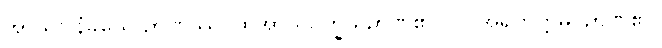
အာသဝါနံခယေ ဉာဏဿ၊ ထိုအာသဝက္ခယဉာဏ်၏။ ဝါ၊ အရဟတ္တမဂ်ဉာဏ်၏။